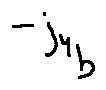
- j _ { y _ { b } }